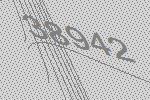
38942